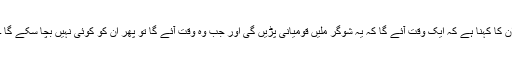
ان کا کہنا ہے کہ ایک وقت آئے گا کہ یہ شوگر ملیں قومیانی پڑیں گی اور جب وہ وقت آئے گا تو پھر ان کو کوئی نہیں بچا سکے گا ۔